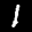
Label: 1